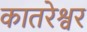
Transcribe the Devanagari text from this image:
कातरेश्वर